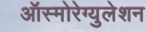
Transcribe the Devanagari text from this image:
ऑस्मोरेग्युलेशन